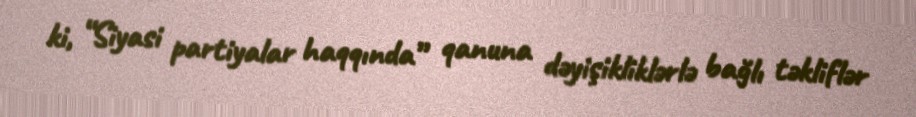
ki, “Siyasi partiyalar haqqında” qanuna dəyişikliklərlə bağlı təkliflər